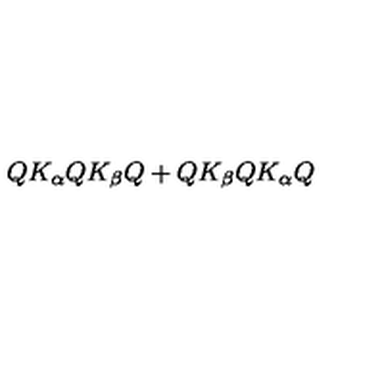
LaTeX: Q K _ { \alpha } Q K _ { \beta } Q + Q K _ { \beta } Q K _ { \alpha } Q